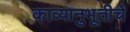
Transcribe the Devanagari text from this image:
काव्यानुभूतीचे